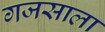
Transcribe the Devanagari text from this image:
गजसाला